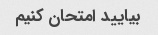
بیایید امتحان کنیم